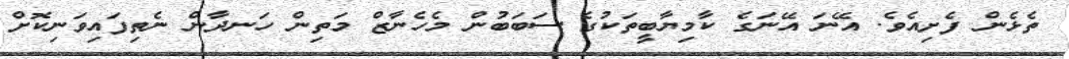
ތެޅެން ފެށިއެވެ. އޭނަ އޭނަގެ ކާމިޔާބީތަކުގެ ސަބަބުން މެހެނާޒް މަތިން ހަނދާން ނެތިފައިވަނިކޮށް